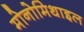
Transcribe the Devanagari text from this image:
मोनोमिथाइल